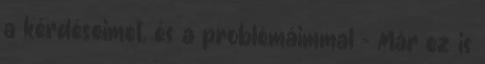
a kérdéseimet, és a problémáimmal - Már ez is